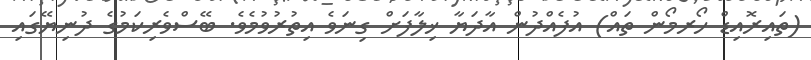
(ތައިރޮއިޑް ހޯރމޯން ތައް) އުފެއްދުން އާދަޔާ ޚިލާފަށް ގިނަވެ އިތުރުވުމެވެ. ބޭސްވެރިކަމުގެ ދުނިޔޭގައި